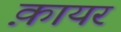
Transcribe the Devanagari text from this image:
क़ायर